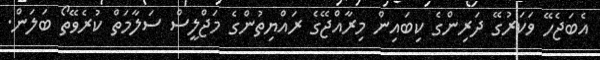
އެބަޖެހޭ ވަކަރުގޭ ދަރިންގެ ކިބައިން މިރާއްޖޭގެ ރައްޔިތުންގެ މަޖްލީސް ސަލާމަތް ކުރެވޭތޯ ބަލަން.